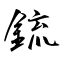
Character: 鋶